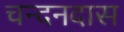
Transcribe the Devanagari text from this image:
चन्दनदास